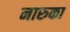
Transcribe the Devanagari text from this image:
नारुका